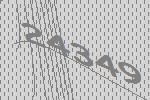
24349